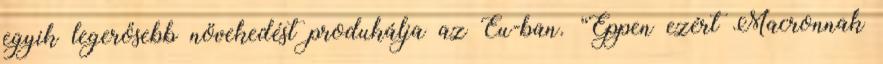
egyik legerősebb növekedést produkálja az Eu-ban. “Éppen ezért Macronnak